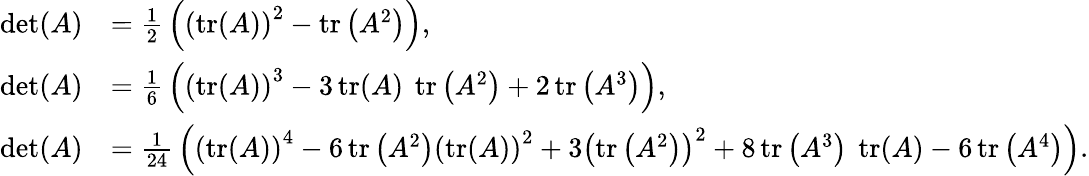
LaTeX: {\begin{array}{rl}{\operatorname*{det}(A)}&{={\frac{1}{2}}\left(\left(\operatorname{tr}(A)\right)^{2}-\operatorname{tr}\left(A^{2}\right)\right),}\\ {\operatorname*{det}(A)}&{={\frac{1}{6}}\left(\left(\operatorname{tr}(A)\right)^{3}-3\operatorname{tr}(A)~\operatorname{tr}\left(A^{2}\right)+2\operatorname{tr}\left(A^{3}\right)\right),}\\ {\operatorname*{det}(A)}&{={\frac{1}{24}}\left(\left(\operatorname{tr}(A)\right)^{4}-6\operatorname{tr}\left(A^{2}\right)\left(\operatorname{tr}(A)\right)^{2}+3\left(\operatorname{tr}\left(A^{2}\right)\right)^{2}+8\operatorname{tr}\left(A^{3}\right)~\operatorname{tr}(A)-6\operatorname{tr}\left(A^{4}\right)\right).}\end{array}}